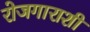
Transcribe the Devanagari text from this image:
रोजगाराशी